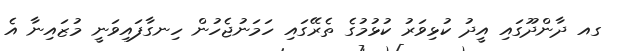
ގއ ދާންދޫގައި އީދު ކުޅިވަރު ކުޅުމުގެ ތެރޭގައި ހަމަނުޖެހުން ހިނގާފައިވަނީ މުޒައިނާ އެ